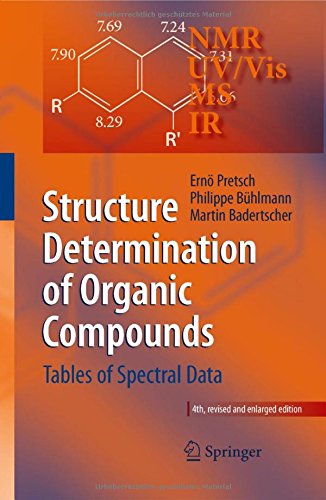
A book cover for Structure Determination of Organic Compounds: Tables of Spectral Data; ErnÃ¶ Pretsch; Science & Math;